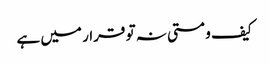
کیف و مستی نہ تو قرار میں ہے